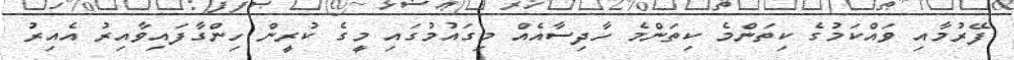
ފޭރުމާއި ވައްކަމުގެ ކިތަންމެ ކިތަންމެ ހާދިސާއެއް މިގައުމުގައި މީގެ ކުރީން ހިންގާފައިވާއިރު އެއިރު